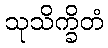
သုသိက္ခိတံ